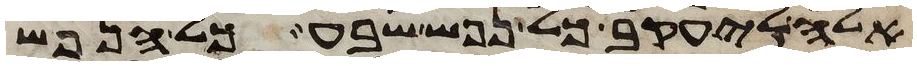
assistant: אלה ליעקב כל נפש שבע כל הנפש